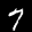
Label: 7